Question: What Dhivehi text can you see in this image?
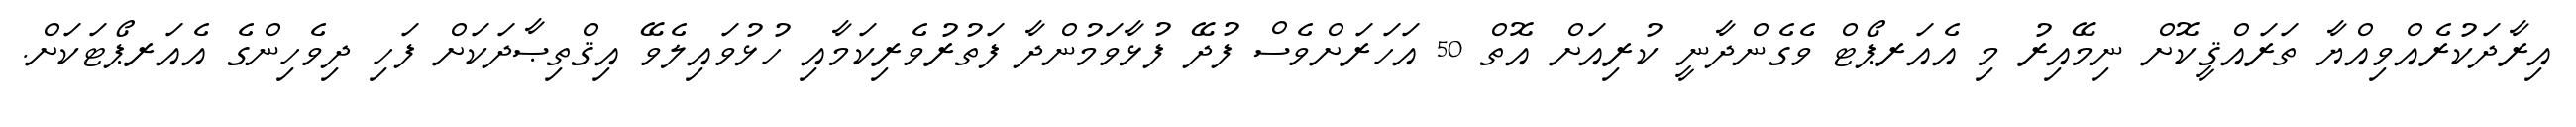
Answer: އިރާދަކުރެއްވިއްޔާ ތަރައްޤީކޮށް ނިމޭއިރު މި އެއަރޕޯޓް ވެގެންދާނީ ކުރިއަށް އޮތް 50 އަހަރަށްވެސް ފުދޭ ފުޅާވަމުންދާ ފަތުރުވެރިކަމާއި ހުޅުވައިލެވޭ އިޤްތިޞާދަކަށް ފަހި ދިވެހިންގެ އެއަރޕޯޓަކަށް.